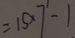
= 1 5 \times 7 - 1